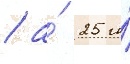
/ а́ 25 и́